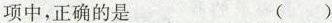
项中，正确的是 ( )